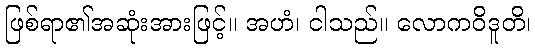
ဖြစ်ရာ၏အဆုံးအားဖြင့်။ အဟံ၊ ငါသည်။ လောကဝိဒူတိ၊